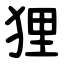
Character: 狸